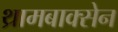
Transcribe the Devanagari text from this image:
थ्रामबाक्सेन